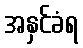
အနှင်ခံရ